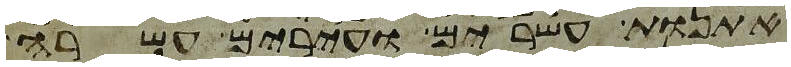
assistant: אתנות עשרים ועירים עשרה